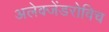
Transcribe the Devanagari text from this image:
अलेक्जेंडरोविच